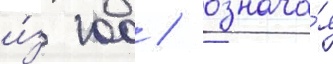
и́з 100 / означа́я